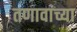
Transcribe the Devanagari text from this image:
तणावांच्या